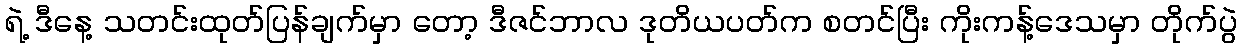
ရဲ့ ဒီနေ့ သတင်းထုတ်ပြန်ချက်မှာ တော့ ဒီဇင်ဘာလ ဒုတိယပတ်က စတင်ပြီး ကိုးကန့်ဒေသမှာ တိုက်ပွဲ